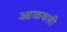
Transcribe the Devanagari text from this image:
आळवली